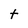
Character: t